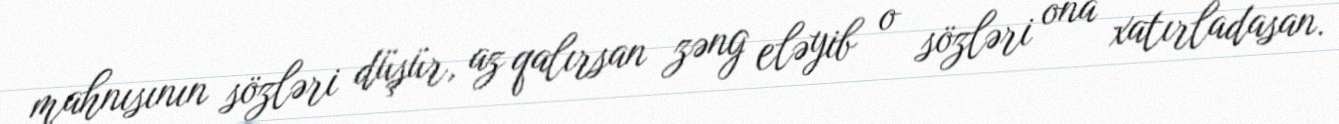
mahnısının sözləri düşür, az qalırsan zəng eləyib o sözləri ona xatırladasan.